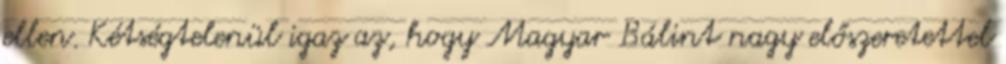
ellen. Kétségtelenül igaz az, hogy Magyar Bálint nagy előszeretettel